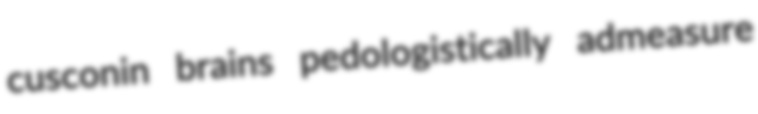
cusconin brains pedologistically admeasure